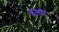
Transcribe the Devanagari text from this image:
प्लम्पी